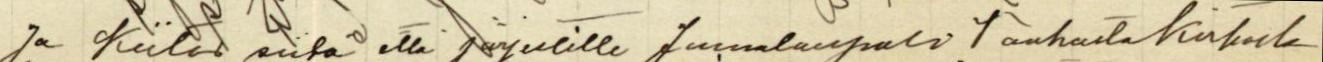
Ja kiitos siitä että järjestitte jumalanpalv. Vanhasta kirkosta